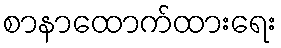
စာနာထောက်ထားရေး